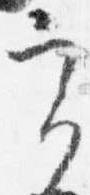
実